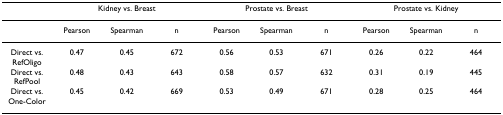
<table><thead><tr><td></td><td colspan="3"><b>Kidney vs. Breast</b></td><td colspan="3"><b>Prostate vs. Breast</b></td><td colspan="3"><b>Prostate vs. Kidney</b></td></tr></thead><tbody><tr><td></td><td>Pearson</td><td>Spearman</td><td>n</td><td>Pearson</td><td>Spearman</td><td>n</td><td>Pearson</td><td>Spearman</td><td>n</td></tr><tr><td>Direct vs. RefOligo</td><td>0.47</td><td>0.45</td><td>672</td><td>0.56</td><td>0.53</td><td>671</td><td>0.26</td><td>0.22</td><td>464</td></tr><tr><td>Direct vs. RefPool</td><td>0.48</td><td>0.43</td><td>643</td><td>0.58</td><td>0.57</td><td>632</td><td>0.31</td><td>0.19</td><td>445</td></tr><tr><td>Direct vs. One-Color</td><td>0.45</td><td>0.42</td><td>669</td><td>0.53</td><td>0.49</td><td>671</td><td>0.28</td><td>0.25</td><td>464</td></tr></tbody></table>